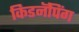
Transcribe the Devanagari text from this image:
किडनॅपिंग